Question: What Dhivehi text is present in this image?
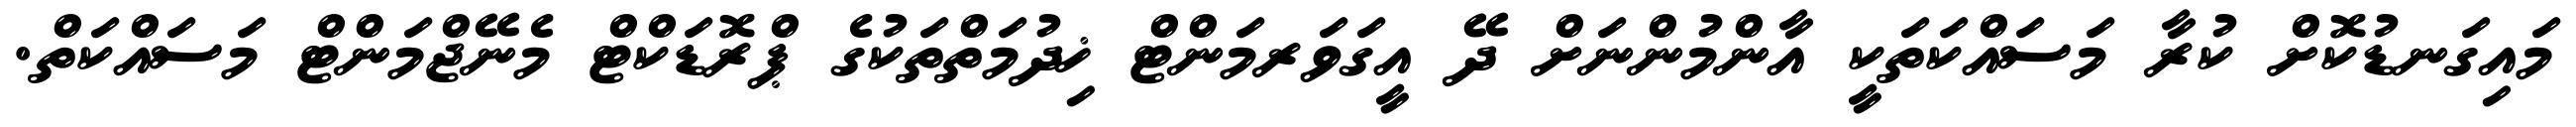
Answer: މައިގަނޑުކޮށް ކުރާ މަސައްކަތަކީ އާންމުންނަށް ދޭ އީގަވަރމަންޓް ޚިދުމަތްތަކުގެ ޕްރޮޑަކްޓް މެނޭޖްމަންޓް މަސައްކަތް.